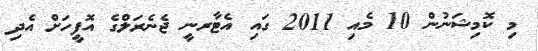
މި ކޮމިޝަނުން 10 މެއި 2011 ގައި އެޓާރނީ ޖެނެރަލްގެ އޮފީހަށް އެދި